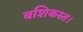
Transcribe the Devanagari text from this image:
बशिकस्त।